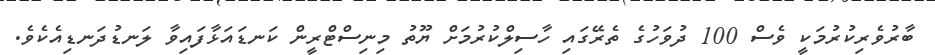
ބާރުވެރިކުރުމަކީ ވެސް 100 ދުވަހުގެ ތެރޭގައި ހާސިލްކުރުމަށް ޔޫތު މިނިސްޓްރީން ކަނޑައަޅާފައިވާ ލަނޑުދަނޑިއެކެވެ.